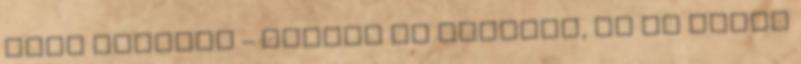
régi kovászt – mondja az apostol, és az Isten